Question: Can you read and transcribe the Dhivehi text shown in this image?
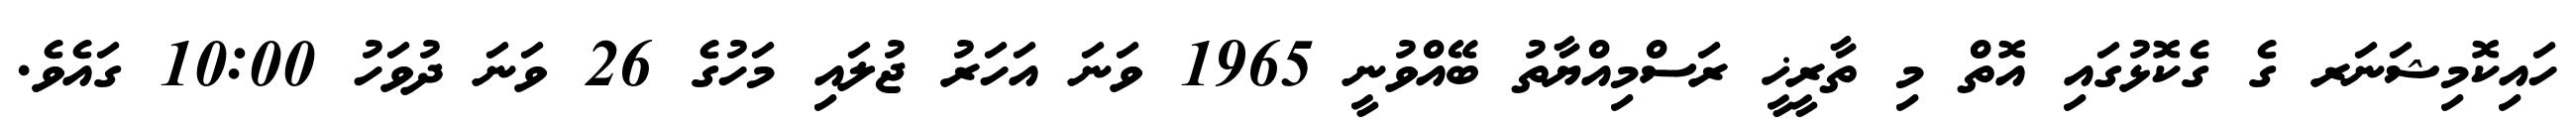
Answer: ހައިކޮމިޝަނަރ ގެ ގެކޮޅުގައި އޮތް މި ތާރީޚީ ރަސްމިއްޔާތު ބޭއްވުނީ 1965 ވަނަ އަހަރު ޖުލައި މަހުގެ 26 ވަނަ ދުވަހު 10:00 ގައެވެ.